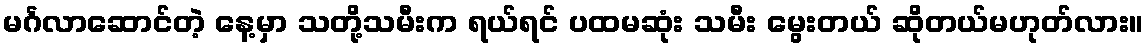
မင်္ဂလာဆောင်တဲ့ နေ့မှာ သတို့သမီးက ရယ်ရင် ပထမဆုံး သမီး မွေးတယ် ဆိုတယ်မဟုတ်လား။